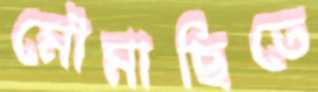
মৌমাছিতে